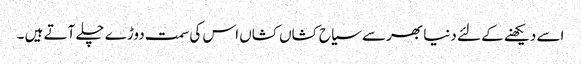
اسے دیکھنے کے لئے دنیا بھرسے سیاح کشاں کشاں اس کی سمت دوڑے چلے آتے ہیں ۔